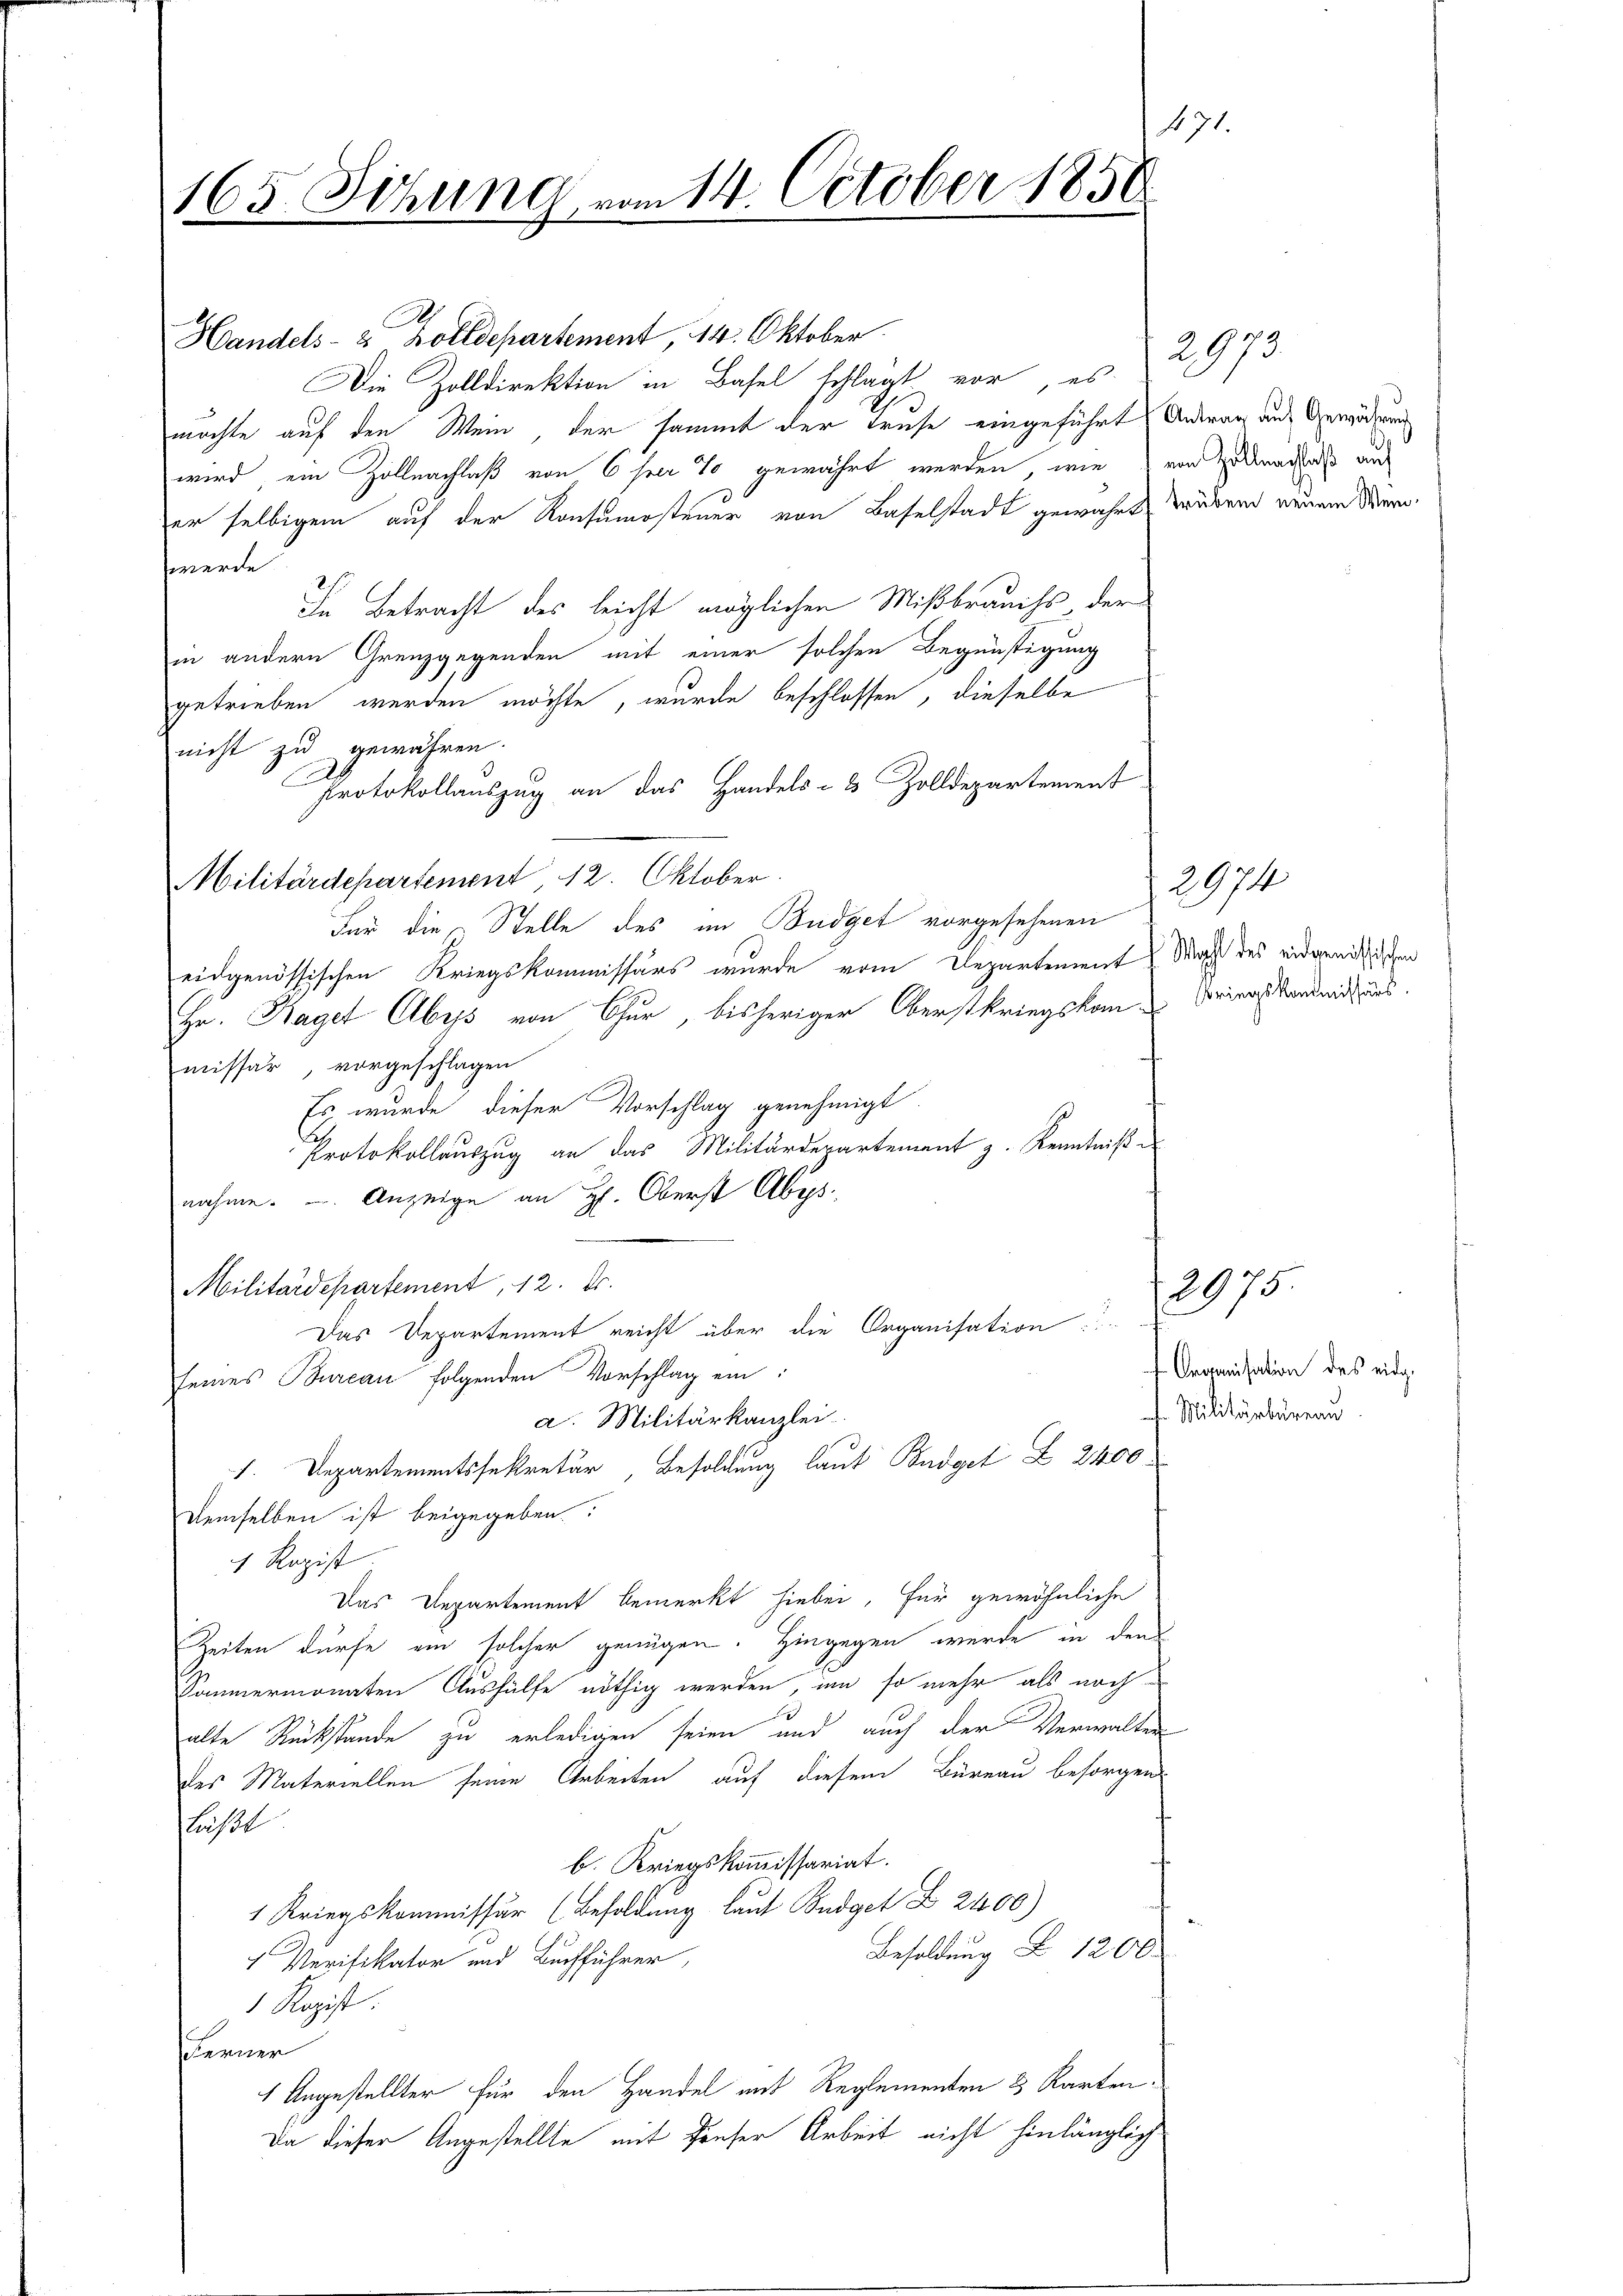
471
165. Sitzung vom 14. October 1850
.

Handels- & Zolldepartement, 14. Oktober
Die Zolldirektion in Basel schlagt, vor, es
möchte auf den Mein der sammt der Truse eingeführt Antrag aus Gewährung
wird, ein Zoll nachlaß von 6 ster 70 gewährt werden, wie von Zollends auf
er selbigem auf der Konsumostener von Baselstadt gewährt werend neuen Merwerde
In Betracht des leicht möglichen Mißbrauchs der
in andern Grenzgegenden mit einer solchen Begünstigung
getrieben werden möchte, wurde beschlossen, dieselbe
nicht zu gewähren.
Protokollauszug an das Handels- & Zolldepartement
Militärdepartement 12. Oktober.
Für die Stelle des im Budget vorgesehenen
eidgenössischen Kriegskommissärs wurde vom Departement
Hr. Hagel Abys von Chur, bisheriger Oberstkriegskom-
missar, vorgeschlagen
Es wurde dieser Vorschlag genehmigt.
Protokollauszug an das Militärdepartement z. Kenntniße
nahme.  Anzeige an H. Oberst Abs.
Militärdepartement, 12. Fr.
Das Departement reicht über die Organisation
seines Bureau folgenden Vorschlag ein:
a. Militärkanzlei
1. Departementssekretär, Besoldung laut Budget Z. 2400
demselben ist beigegeben
1 Ragist
Das Departement bemerkt hiebei, für gewöhnliche
Zeiten dürfe ein solcher genügen. Hingegen wurde in den
Sammermonaten Aushülfe nöthig werden, um so mehr als noch
alte Rückstände zu erledigen seien und auch der Verwalten
des Materiellen seine Arbeiten auf diesem Büreau besorgen
läßt
b. Kriegskommissariat.
1 Kriegskommissär (Besoldung laut Budget Z. 2400)
Besoldung § 1200.
1 Verifikator und Buchführer,
 Ropist:
hanenen
1 Angestellter für den Handel mit Reglementen & Karten¬
Da dieser Angestellte mit Häuser Arbeit nicht hinlänglich

2973

Organisation des eidge¬
 Militärbureau

2974
Wahl des eidgenössischen
Kriegskommissärs.

2975.